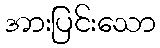
အားပြင်းသော